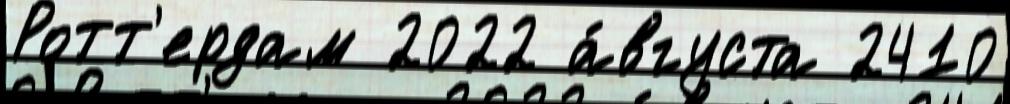
Ротт'ердам 2022 а́вгуста 2410